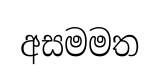
අසමමත